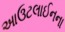
આઉટલાઈનના